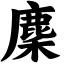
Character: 麇